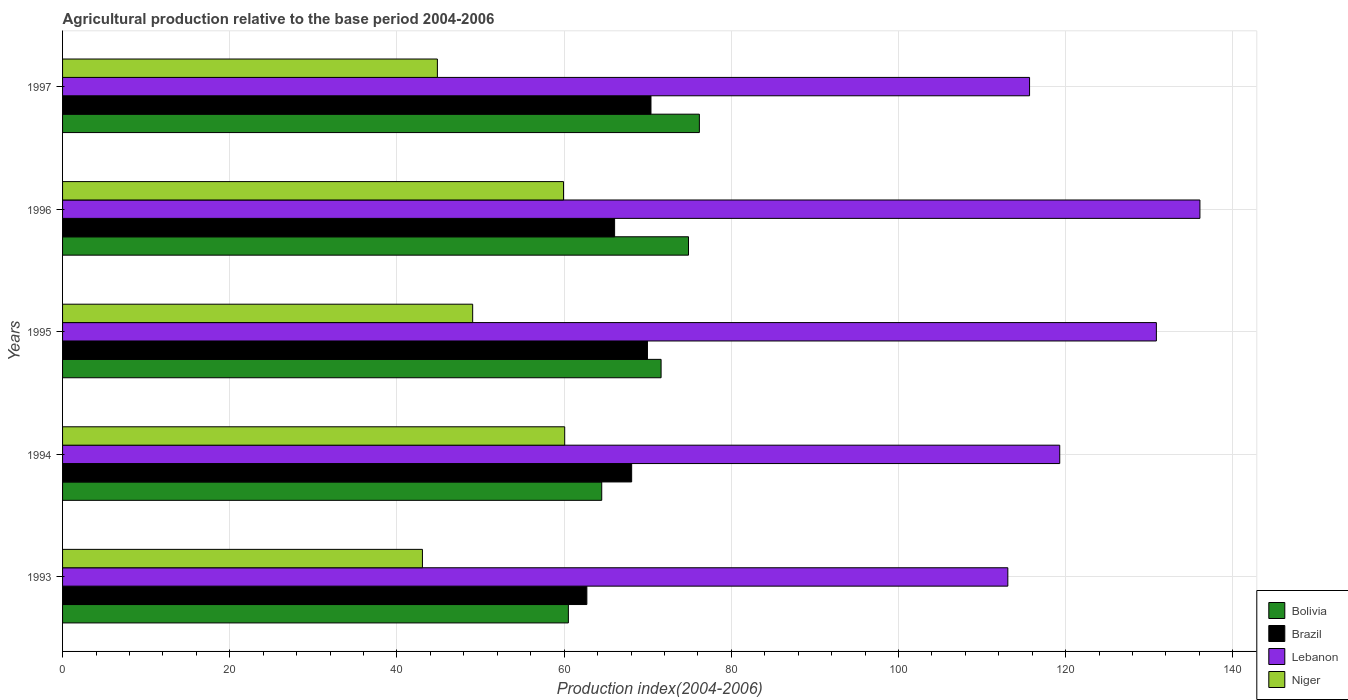
| Years | Bolivia | Brazil | Lebanon | Niger |
 | --- | --- | --- | --- | --- |
 | 1993 | 60.5 | 62.7 | 113 | 43 |
 | 1994 | 64.5 | 68.1 | 119 | 60.1 |
 | 1995 | 71.6 | 70 | 131 | 49.1 |
 | 1996 | 74.9 | 66 | 136 | 59.9 |
 | 1997 | 76.2 | 70.4 | 116 | 44.8 |